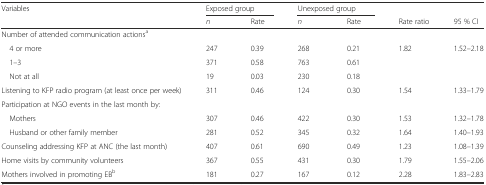
<table><thead><tr><td rowspan="2"><b>Variables</b></td><td colspan="2"><b>Exposed group</b></td><td colspan="2"><b>Unexposed group</b></td><td></td><td></td></tr><tr><td><b><i>n</i></b></td><td><b>Rate</b></td><td><b><i>n</i></b></td><td><b>Rate</b></td><td><b>Rate ratio</b></td><td><b>95 % CI</b></td></tr></thead><tbody><tr><td>Number of attended communication actions<sup>a</sup></td><td></td><td></td><td></td><td></td><td></td><td></td></tr><tr><td> 4 or more</td><td>247</td><td>0.39</td><td>268</td><td>0.21</td><td>1.82</td><td>1.52–2.18</td></tr><tr><td> 1–3</td><td>371</td><td>0.58</td><td>763</td><td>0.61</td><td></td><td></td></tr><tr><td> Not at all</td><td>19</td><td>0.03</td><td>230</td><td>0.18</td><td></td><td></td></tr><tr><td>Listening to KFP radio program (at least once per week)</td><td>311</td><td>0.46</td><td>124</td><td>0.30</td><td>1.54</td><td>1.33–1.79</td></tr><tr><td>Participation at NGO events in the last month by:</td><td></td><td></td><td></td><td></td><td></td><td></td></tr><tr><td> Mothers</td><td>307</td><td>0.46</td><td>422</td><td>0.30</td><td>1.53</td><td>1.32–1.78</td></tr><tr><td> Husband or other family member</td><td>281</td><td>0.52</td><td>345</td><td>0.32</td><td>1.64</td><td>1.40–1.93</td></tr><tr><td>Counseling addressing KFP at ANC (the last month)</td><td>407</td><td>0.61</td><td>690</td><td>0.49</td><td>1.23</td><td>1.08–1.39</td></tr><tr><td>Home visits by community volunteers</td><td>367</td><td>0.55</td><td>431</td><td>0.30</td><td>1.79</td><td>1.55–2.06</td></tr><tr><td>Mothers involved in promoting EB<sup>b</sup></td><td>181</td><td>0.27</td><td>167</td><td>0.12</td><td>2.28</td><td>1.83–2.83</td></tr></tbody></table>